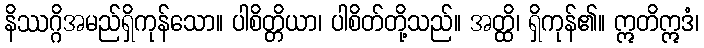
နိဿဂ္ဂိအမည်ရှိကုန်သော။ ပါစိတ္တိယာ၊ ပါစိတ်တို့သည်။ အတ္ထိ၊ ရှိကုန်၏။ ဣတိဣဒံ၊